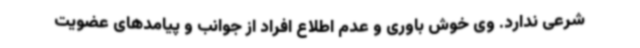
شرعی ندارد. وی خوش باوری و عدم اطلاع افراد از جوانب و پیامدهای عضویت